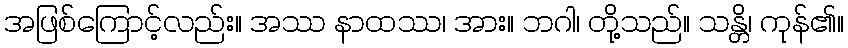
အဖြစ်ကြောင့်လည်း။ အဿ နာထဿ၊ အား။ ဘဂါ၊ တို့သည်။ သန္တိ၊ ကုန်၏။